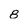
Character: 8